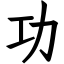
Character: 功